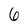
Character: 6